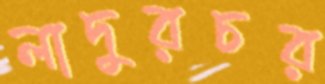
লাদুরচর